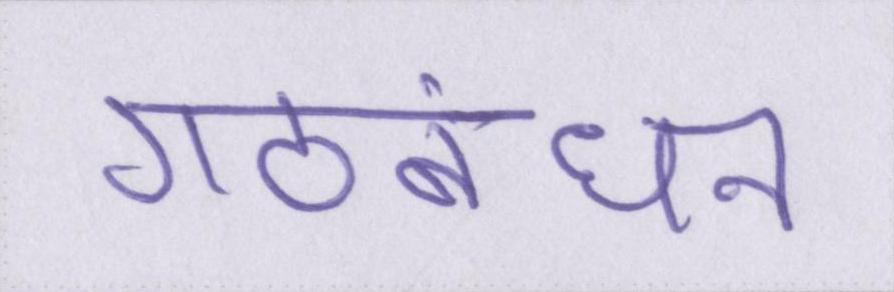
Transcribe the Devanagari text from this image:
गठबंधन